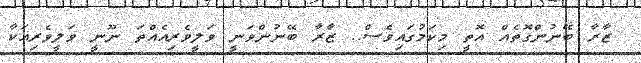
ޒާރާ ބޭނުންގޮތެއް އޮތީ މިކަމުގައިވެސް.. ޒާރާ ބޭނުންވަނީ ވަލީވެރިއެއްތަ ނޫނީ ވަލީވެރިއަކާ